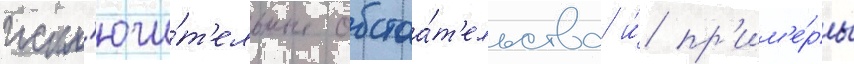
искл'ючи́т'ельные обстоа́т'ельства и́ пр'им'е́ры